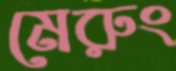
মেরুং